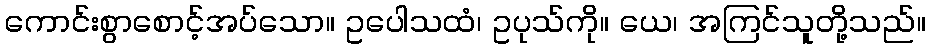
ကောင်းစွာစောင့်အပ်သော။ ဥပေါသထံ၊ ဥပုသ်ကို။ ယေ၊ အကြင်သူတို့သည်။